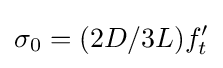
\sigma _{0}=(2D/3L)f'_{t}